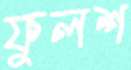
ফুলশ